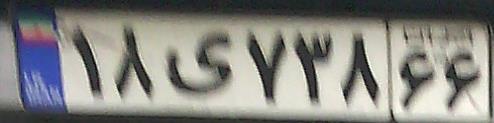
۱۸ی۷۳۸۶۶